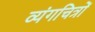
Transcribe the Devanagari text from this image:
व्यंगचित्रों